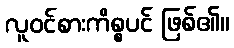
လူဝင်စားကိစ္စပင် ဖြစ်၏။